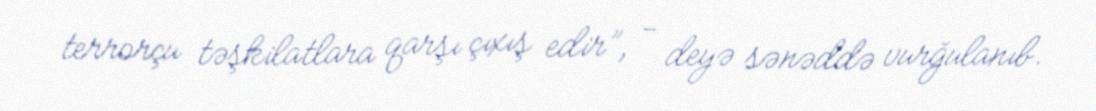
terrorçu təşkilatlara qarşı çıxış edir”, - deyə sənəddə vurğulanıb.